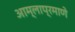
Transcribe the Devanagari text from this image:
आम्लाप्रमाणे